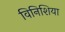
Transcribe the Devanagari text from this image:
विनिशिया